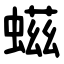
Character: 螆